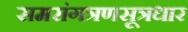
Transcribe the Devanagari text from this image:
समरांगत्रणसूत्रधार